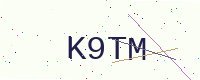
Text: K9TM